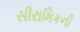
સીરામિકની